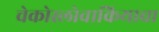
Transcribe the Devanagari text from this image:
चेकोस्लोवाकियाचा